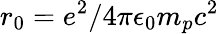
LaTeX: r_{0}=e^{2}/4\pi\epsilon_{0}m_{p}c^{2}